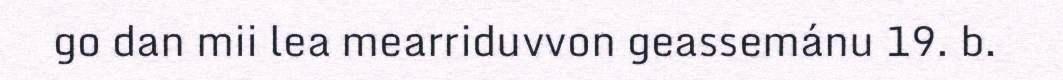
go dan mii lea mearriduvvon geassemánu 19. b.